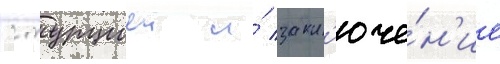
с турциеи и́ закл'юче́н'ие